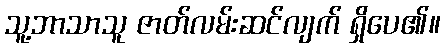
သူ့ဘာသာသူ ဇာတ်လမ်းဆင်လျက် ရှိပေ၏။